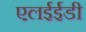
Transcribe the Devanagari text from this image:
एलईईडी